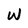
Character: w